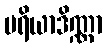
ပရိယာဒိဏ္ဏာ